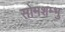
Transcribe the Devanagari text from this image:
सोमशम्भु